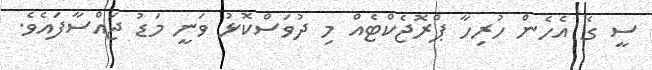
ސީ ގެ އެހެން ހުރިހާ ޕްރޮޖެކްޓެއް މި ދުވަސްކޮޅު ވަނީ މަޑު ޖައްސާފައެވެ.